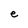
Character: e